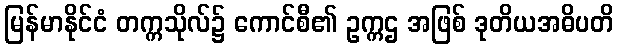
မြန်မာနိုင်ငံ တက္ကသိုလ်၌ ကောင်စီ၏ ဥက္ကဌ အဖြစ် ဒုတိယအဓိပတိ